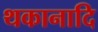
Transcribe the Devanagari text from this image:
थकानादि